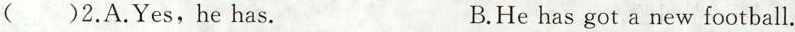
()2.A.Yes, he has. B.He has got a new football.